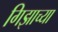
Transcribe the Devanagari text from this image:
गिझाच्या